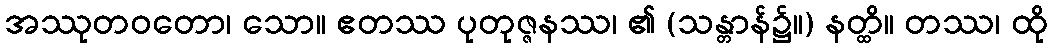
အဿုတဝတော၊ သော။ ဧတဿ ပုတုဇ္ဇနဿ၊ ၏ (သန္တာန်၌။) နတ္ထိ။ တဿ၊ ထို